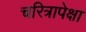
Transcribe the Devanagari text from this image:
चरित्रापेक्षा